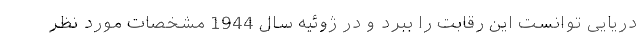
دریایی توانست این رقابت را ببرد و در ژوئیه سال 1944 مشخصات مورد نظر